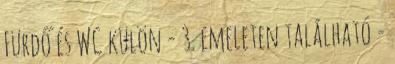
Fürdő és WC külön - 3. emeleten található -